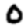
Digit: 0